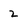
Character: 2